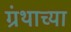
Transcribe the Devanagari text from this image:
ग्रंथाच्‍या